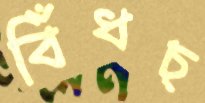
বিঁধচ্